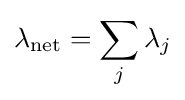
\lambda _{\mathrm {net} }=\sum _{j}\lambda _{j}